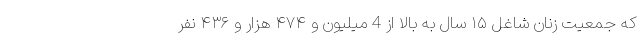
که جمعیت زنان شاغل ۱۵ سال به بالا از 4 میلیون و ۴۷۴ هزار و ۴۳۶ نفر